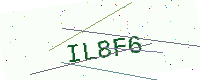
Text: IL8F6